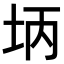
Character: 𪣃